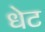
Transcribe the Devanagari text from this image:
धेट